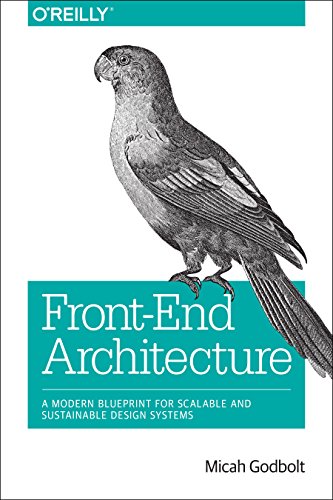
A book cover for Front-End Architecture: A Modern Blueprint for Scalable and Sustainable Design Systems; Micah Godbolt; Computers & Technology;